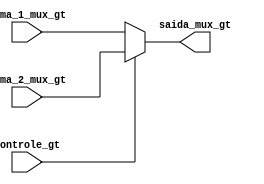
module mux_gt(controle_gt,soma_1_mux_gt,soma_2_mux_gt,saida_mux_gt);

	input controle_gt;
	input [7:0]soma_1_mux_gt,soma_2_mux_gt;
	output [7:0]saida_mux_gt;  //saida para o PC
	reg [7:0]temp;

	assign saida_mux_gt = temp;

	always @(controle_gt,soma_1_mux_gt,soma_2_mux_gt)begin
		if(controle_gt)
			temp = soma_2_mux_gt; // saida do somador_gt
		else
			temp = soma_1_mux_gt; // saida do somador_jump
	end
endmodule 

module mux_jump(bloco_controle,saida_mux_jump);

	input bloco_controle;
	output [7:0]saida_mux_jump;
	reg [7:0]temp;

	assign saida_mux_jump = temp;

	always @(bloco_controle)begin
		if(bloco_controle)
			temp = 8'b00000010;
		else
			temp = 8'b00000001;
	end
endmodule

module mux_a(controle_a,entrada_1_mux_a,entrada_2_mux_a,entrada_3_mux_a,saida_mux_a);

	input [1:0] controle_a;
	input [3:0] entrada_1_mux_a;
	input [7:0] entrada_2_mux_a,entrada_3_mux_a;
	output [7:0] saida_mux_a;
	reg [7:0]temp;

	assign saida_mux_a = temp;

	always @(controle_a,entrada_1_mux_a,entrada_2_mux_a,entrada_3_mux_a) begin
		case(controle_a)
			2'b00 : temp = entrada_1_mux_a;  // valor vindo da instruo
			2'b01 : temp = entrada_2_mux_a;  // valor vindo da ULA
			2'b10 : temp = entrada_3_mux_a;  // valor vindo da Memoria
		endcase
	end
endmodule

module demux_b(controle_b,entrada_demux_b,saida_1_demux_b,saida_2_demux_b);

	input controle_b;
	input [7:0] entrada_demux_b;
	output [7:0] saida_1_demux_b,saida_2_demux_b;
	reg [7:0]temp_1,temp_2;

	assign saida_1_demux_b = temp_1;
	assign saida_2_demux_b = temp_2;

	always@(controle_b,entrada_demux_b)begin
		if(controle_b)
			temp_1 = entrada_demux_b;  // valor para banco de registradores
		else
			temp_2 = entrada_demux_b;  // valor para a Memoria
	end
endmodule

module mux_ula(controle_input_ula,entrada_1_demux_ula,entrada_2_demux_ula,saida_demux_ula);

	input [1:0]controle_input_ula;
	input [7:0] entrada_1_demux_ula;
	input [3:0] entrada_2_demux_ula;
	output [7:0] saida_demux_ula;
	reg [7:0] temp;

	assign saida_demux_ula = temp;

	always@(controle_input_ula,entrada_1_demux_ula,entrada_2_demux_ula)begin
		case(controle_input_ula)
			2'b00 : temp = entrada_1_demux_ula; // valor vindo do banco de resgistrador
			2'b01 : temp = entrada_2_demux_ula; // valor vindo da instruo
			2'b10 : temp = 0;
		endcase
	end
endmodule

module demux_halt(controle_halt,entrada_demux_halt,saida_1_demux_halt,saida_2_demux_halt);

	input controle_halt;
	input [7:0] entrada_demux_halt;
	output [7:0] saida_1_demux_halt,saida_2_demux_halt;
	reg [7:0]temp_1,temp_2;

	assign saida_1_demux_halt = temp_1;
	assign saida_2_demux_halt = temp_2;
	

	always@(controle_halt,entrada_demux_halt) begin
		if(controle_halt)
			temp_2 = entrada_demux_halt; //halt ligado
		else
			temp_1 = 0;   // halt desligado
	end
endmodule

module ULA_GT(controle,valor1_somador_gt,valor2_somador_gt,saida_somador_gt);
	input controle;
	input [7:0]valor1_somador_gt;
	input [3:0]valor2_somador_gt;
	output [7:0]saida_somador_gt;
	reg [7:0]temp;

	assign saida_somador_gt = temp;

	always@(valor1_somador_gt,valor2_somador_gt) begin
		if(controle)
			temp = valor1_somador_gt - valor2_somador_gt;  //sub
		else
			temp = valor1_somador_gt + valor2_somador_gt;  //add
	end
endmodule

module somador_jump(valor1_somador_jump,valor2_somador_jump,saida_somador_jump);

	input [7:0]valor1_somador_jump,valor2_somador_jump;
	output [7:0]saida_somador_jump;
	reg [7:0] temp;

	assign saida_somador_jump = temp;

	always @(valor1_somador_jump,valor2_somador_jump)begin
		temp = valor1_somador_jump + valor2_somador_jump;
	end
endmodule

module bloco_controle(zero,neg,controle_jumps,saida_bloco_controle);

	input zero,neg,controle_jumps;
	output saida_bloco_controle;
	reg temp;

	assign saida_bloco_controle = temp;

	always@(zero or neg or controle_jumps) begin
		temp = controle_jumps & (~zero | ~neg);
	end

endmodule